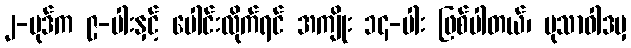
၂-ပုဒ်က ၉-ပါးနှင့် ပေါင်းလိုက်ရင် အကျိုး ၁၄-ပါး ဖြစ်ပါတယ်၊ မုသာဝါဒမှ